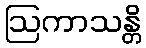
ဩကာသန္တိ